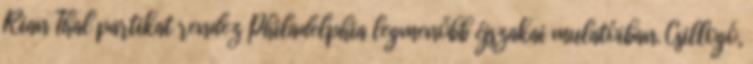
Rian Thal partikat rendez Philadelphia legmenőbb éjszakai mulatóiban. Csillogó,